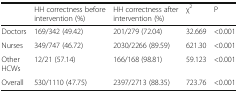
|  | HH correctness before intervention (%) | HH correctness after intervention (%) | χ2 | P |
 | --- | --- | --- | --- | --- |
 | Doctors | 169/342 (49.42) | 201/279 (72.04) | 32.669 | <0.001 |
 | Nurses | 349/747 (46.72) | 2030/2266 (89.59) | 621.30 | <0.001 |
 | Other HCWs | 12/21 (57.14) | 166/168 (98.81) | 59.123 | <0.001 |
 | Overall | 530/1110 (47.75) | 2397/2713 (88.35) | 723.76 | <0.001 |